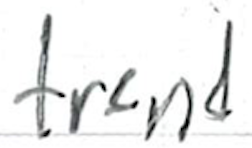
Text: trend
Cross-out: clean
Writing tool: ballpoint